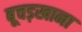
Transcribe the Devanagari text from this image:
बूचड़खाना